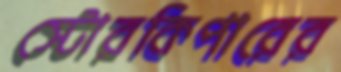
স্টোরকিপারের